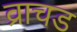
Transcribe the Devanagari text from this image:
व्राचड